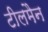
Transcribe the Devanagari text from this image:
टीलमैन